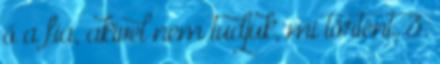
ő a fia, akivel nem tudjuk, mi történt. 3.